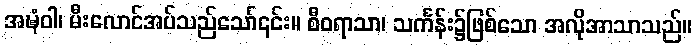
အဍ္ဎံဝါ၊ မီးလောင်အပ်သည်သော်၎င်း။ စီဝရာသာ၊ သင်္ကန်း၌ဖြစ်သော အလိုအာသာသည်။